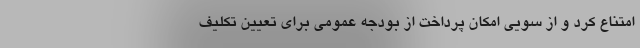
امتناع کرد و از سویی امکان پرداخت از بودجه عمومی برای تعیین تکلیف